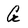
Character: G